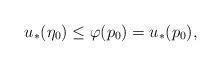
LaTeX: \begin{align*}u_\ast(\eta_0)\leq \varphi(p_0)=u_\ast(p_0),\end{align*}